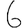
Digit: 6